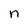
Character: n